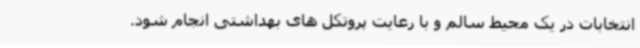
انتخابات در یک محیط سالم و با رعایت پروتکل های بهداشتی انجام شود.